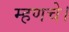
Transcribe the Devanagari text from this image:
म्हणचे।